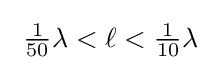
\ {\tfrac {1}{50}}\lambda <\ell <{\tfrac {1}{10}}\lambda \